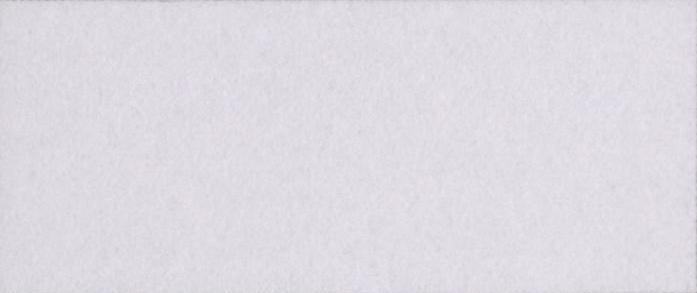
ज़्यादा